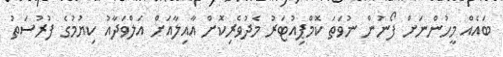
ބައެއް މީހުންނަށް ފޯނުން ނުވަތަ ކޮމްޕިއުޓަރު މެދުވެރިކޮށް އާއިލާއަށް އަލްވަދާއު ކިޔުމުގެ ފުރުސަތު